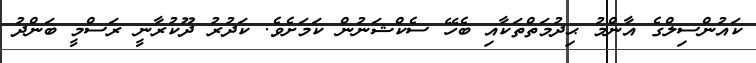
ކައުންސިލްގެ އާންމު ޙިދުމަތްތަކާއި ބެހޭ ސެކްޝަނުން ކަމަށެވެ. ކަދުރު ދޫކުރާނީ ރަސްމީ ބަންދު